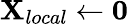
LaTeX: \mathbf{X}_{local}\leftarrow\mathbf{0}